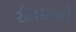
રીતસરનો